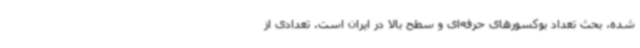
شده، بحث تعداد بوکسورهای حرفه‌ای و سطح بالا در ایران است. تعدادی از